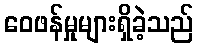
ဝေဖန်မှုများရှိခဲ့သည်